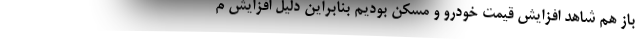
باز هم شاهد افزایش قیمت خودرو و مسکن بودیم بنابراین دلیل افزایش م